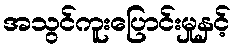
အသွင်ကူးပြောင်းမှုနှင့်